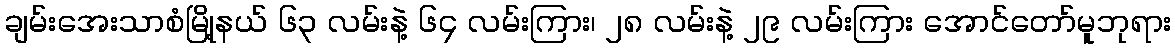
ချမ်းအေးသာစံမြို့နယ် ၆၃ လမ်းနဲ့ ၆၄ လမ်းကြား၊ ၂၈ လမ်းနဲ့ ၂၉ လမ်းကြား အောင်တော်မူဘုရား